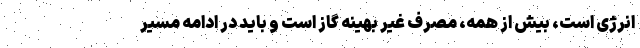
انرژی است، بیش از همه، مصرف غیر بهینه گاز است و باید در ادامه مسیر